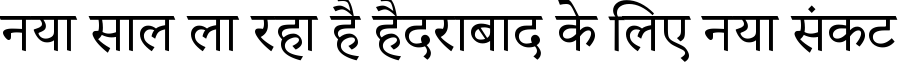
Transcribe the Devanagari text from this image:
नया साल ला रहा है हैदराबाद के लिए नया संकट